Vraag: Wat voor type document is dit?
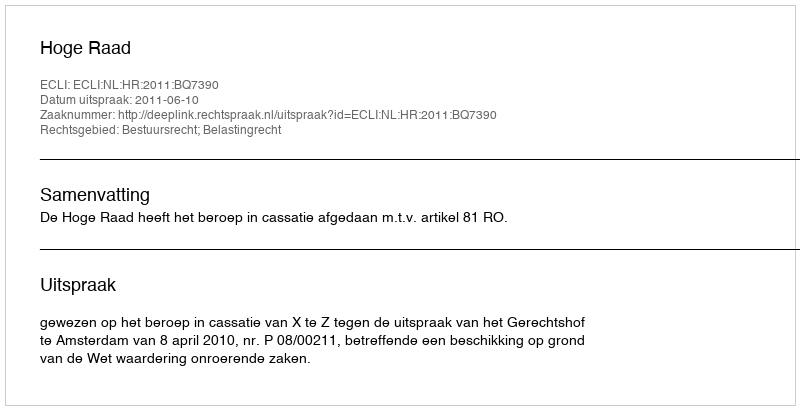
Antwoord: Uitspraak